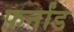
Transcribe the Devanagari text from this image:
फ़र्नांड